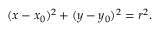
( x - x _ { 0 } ) ^ { 2 } + ( y - y _ { 0 } ) ^ { 2 } = r ^ { 2 } .